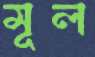
মূল